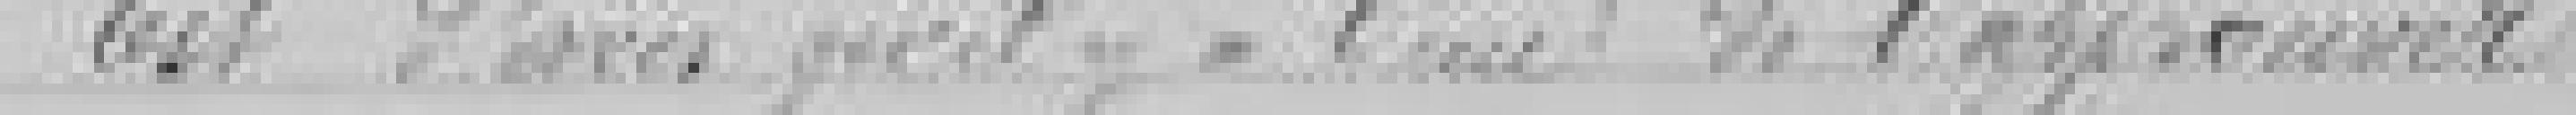
est d'avis qu'il y a lieu de l'approuver.